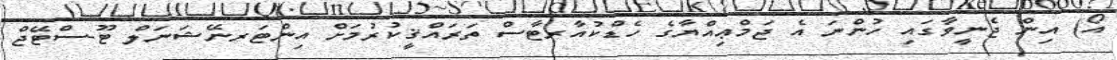
އޯ) އިން ޖެނީވާގައި ހުންނަ އެ ޖަމްޢިއްޔާގެ ހެޑްކުއާރޓާސް ތަރައްޤީކުރުމަށް އިންޓަރނޭޝަނަލް ޓޫ-ސްޓޭޖް